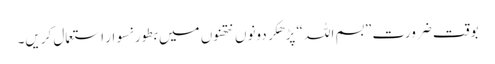
بوقت ضرورت ”بسم اللہ “ پڑھکر دونوں نتھنوں میں بطور نسوار استعمال کریں۔